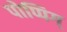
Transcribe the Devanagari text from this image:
पोप्पिग्